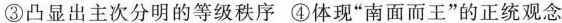
③凸显出主次分明的等级秩序 ④体现”南面而王”的正统观念